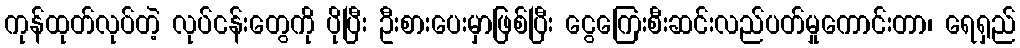
ကုန်ထုတ်လုပ်တဲ့ လုပ်ငန်းတွေကို ပိုပြီး ဦးစားပေးမှာဖြစ်ပြီး ငွေကြေးစီးဆင်းလည်ပတ်မှုကောင်းတာ၊ ရေရှည်